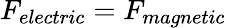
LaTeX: F_{electric}=F_{magnetic}